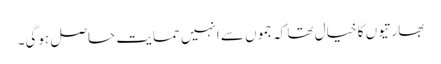
بھارتیوں کا خیال تھا کہ جموں سے انہیں حمایت حاصل ہوگی۔